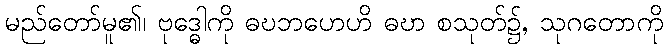
မည်တော်မူ၏၊ ဗုဒ္ဓေါကို ဓဎဘဟေဟိ ဓဎာ စသုတ်၌, သုဂတောကို